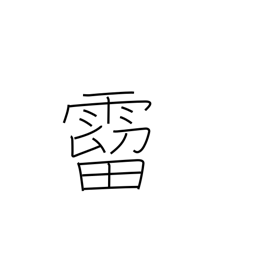
Meaning: raindrops falling from the eaves